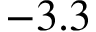
- 3 . 3